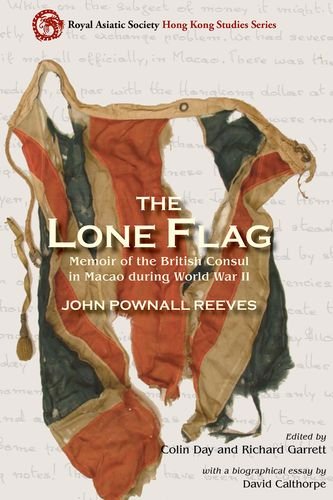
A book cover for The Lone Flag: Memoir of the British Consul in Macao During World War II (Royal Asiatic Society Hong Kong Studies Series); John Pownall Reeves; History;